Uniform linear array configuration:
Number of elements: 16
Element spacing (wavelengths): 0.75
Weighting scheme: blackman
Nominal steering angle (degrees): -30
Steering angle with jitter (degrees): -29.194
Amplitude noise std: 0.05
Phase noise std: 0.05

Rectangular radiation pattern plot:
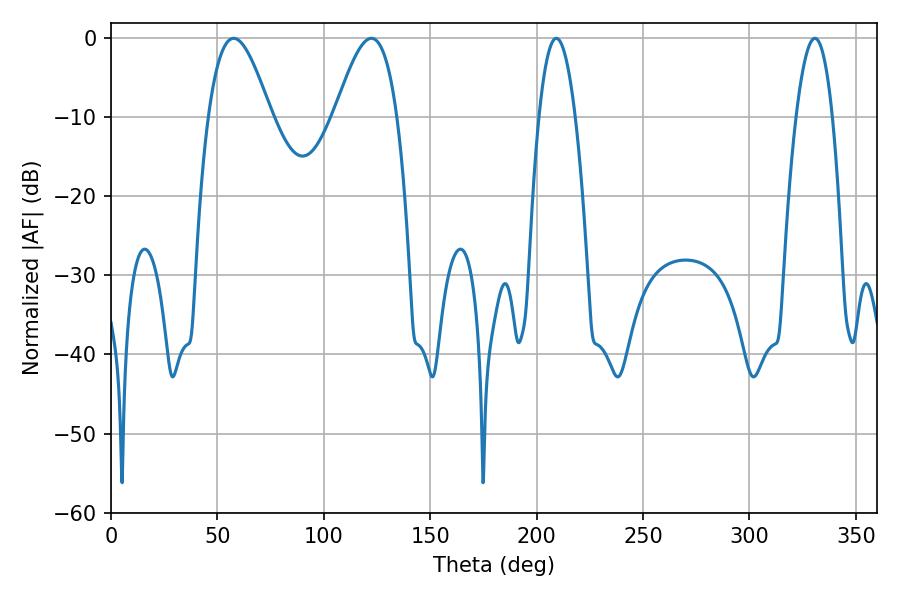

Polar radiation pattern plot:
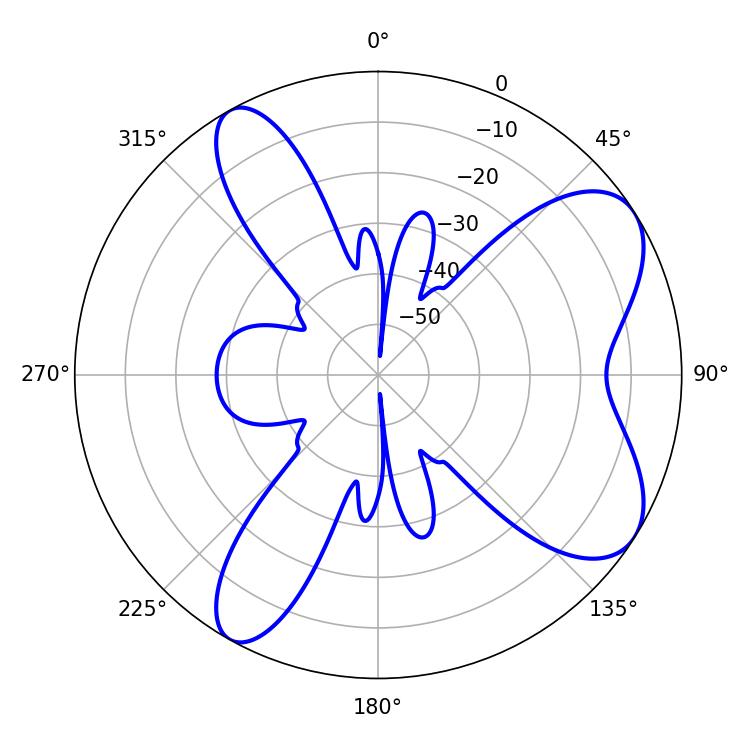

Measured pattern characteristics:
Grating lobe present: TRUE
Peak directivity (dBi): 7.472
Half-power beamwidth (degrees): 15.84
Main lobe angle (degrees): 57.6